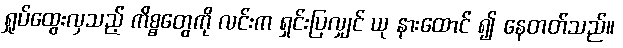
ရှုပ်ထွေးလှသည့် ကိစ္စတွေကို လင်းက ရှင်းပြလျှင် ယု နားထောင် ၍ နေတတ်သည်။